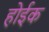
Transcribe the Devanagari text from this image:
होईक